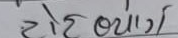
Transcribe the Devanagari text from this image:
होटल ब्योग्‌ग ।